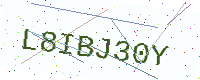
Text: L8IBJ30Y